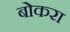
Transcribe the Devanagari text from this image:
बोकरा